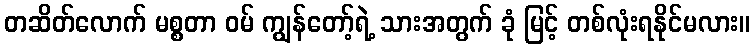
တဆိတ်လောက် မစ္စတာ ဝမ် ကျွန်တော့်ရဲ့ သားအတွက် ခုံ မြင့် တစ်လုံးရနိုင်မလား။